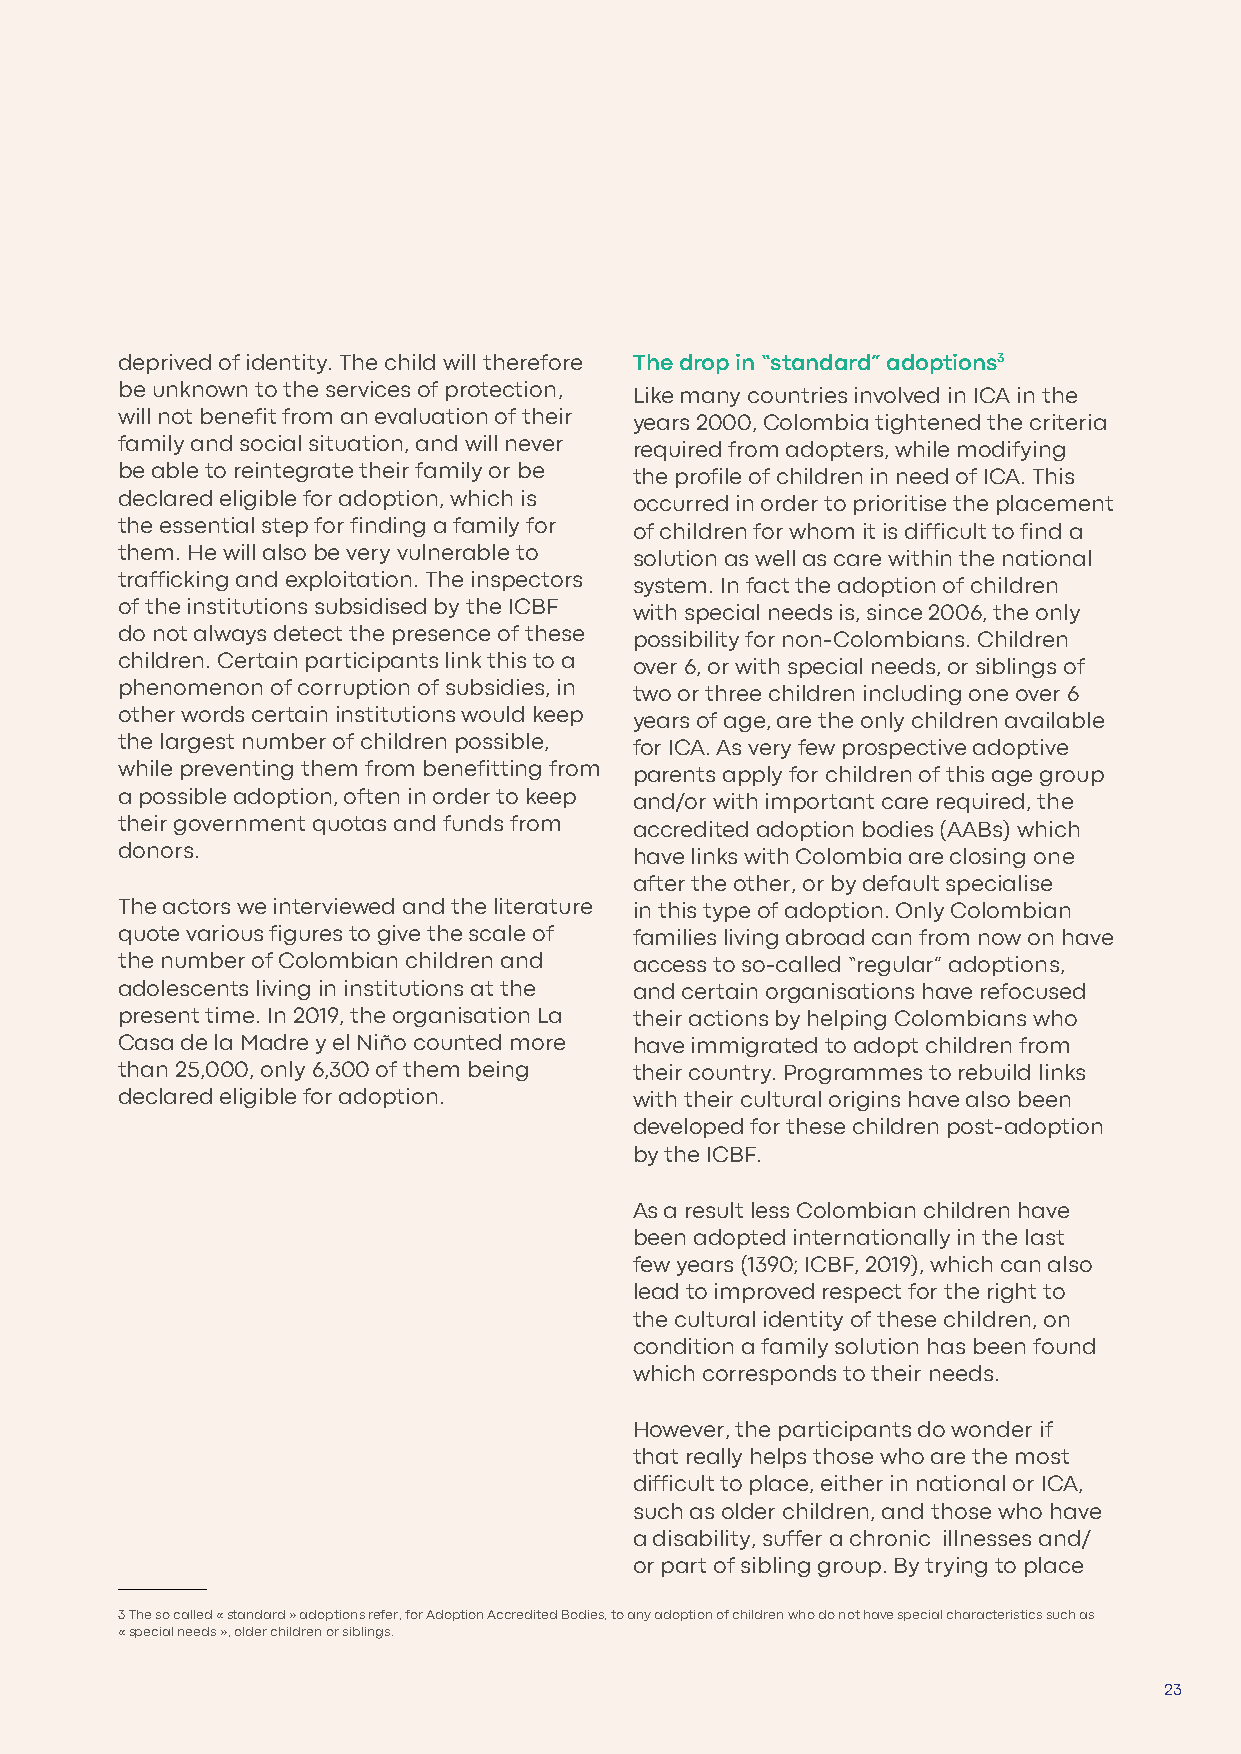
deprived of identity. The child will therefore The drop in “standard” adoptions3
 be unknown to the services of protection, Like many countries involved in ICA in the
 will not benefit from an evaluation of their years 2000, Colombia tightened the criteria
 family and social situation, and will never required from adopters, while modifying
 be able to reintegrate their family or be the profile of children in need of ICA. This
 declared eligible for adoption, which is occurred in order to prioritise the placement
 the essential step for finding a family for of children for whom it is difficult to find a
 them. He will also be very vulnerable to solution as well as care within the national
 trafficking and exploitation. The inspectors system. In fact the adoption of children
 of the institutions subsidised by the ICBF with special needs is, since 2006, the only
 do not always detect the presence of these possibility for non-Colombians. Children
 children. Certain participants link this to a over 6, or with special needs, or siblings of
 phenomenon of corruption of subsidies, in two or three children including one over 6
 other words certain institutions would keep years of age, are the only children available
 the largest number of children possible, for ICA. As very few prospective adoptive
 while preventing them from benefitting from parents apply for children of this age group
 a possible adoption, often in order to keep and/or with important care required, the
 their government quotas and funds from accredited adoption bodies (AABs) which
 donors.                           have links with Colombia are closing one
 after the other, or by default specialise
 The actors we interviewed and the literature in this type of adoption. Only Colombian
 quote various figures to give the scale of families living abroad can from now on have
 the number of Colombian children and access to so-called “regular” adoptions,
 adolescents living in institutions at the and certain organisations have refocused
 present time. In 2019, the organisation La their actions by helping Colombians who
 Casa de la Madre y el Niño counted more have immigrated to adopt children from
 than 25,000, only 6,300 of them being their country. Programmes to rebuild links
 declared eligible for adoption.   with their cultural origins have also been
 developed for these children post-adoption
 by the ICBF.
 As a result less Colombian children have
 been adopted internationally in the last
 few years (1390; ICBF, 2019), which can also
 lead to improved respect for the right to
 the cultural identity of these children, on
 condition a family solution has been found
 which corresponds to their needs.
 However, the participants do wonder if
 that really helps those who are the most
 difficult to place, either in national or ICA,
 such as older children, and those who have
 a disability, suffer a chronic illnesses and/
 or part of sibling group. By trying to place
 3 The so called « standard » adoptions refer, for Adoption Accredited Bodies, to any adoption of children who do not have special characteristics such as
 « special needs », older children or siblings.
 23